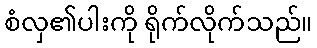
စံလှ၏ပါးကို ရိုက်လိုက်သည်။